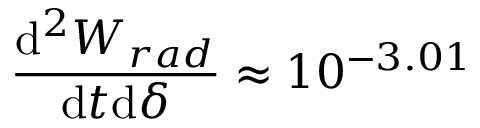
\frac { \mathrm { d } ^ { 2 } W _ { r a d } } { \mathrm { d } t \mathrm { d } \delta } \approx 1 0 ^ { - 3 . 0 1 }